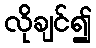
လိုချင်၍